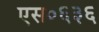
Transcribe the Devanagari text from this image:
एस०६३६